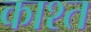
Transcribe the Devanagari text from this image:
काश्‍त